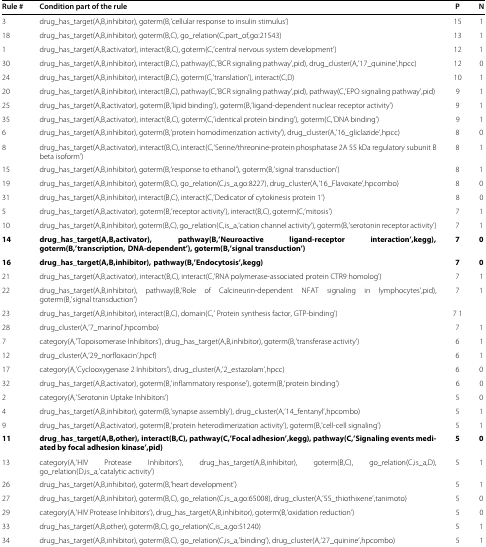
<table><thead><tr><td><b>Rule #</b></td><td><b>Condition part of the rule</b></td><td><b>P</b></td><td><b>N</b></td></tr></thead><tbody><tr><td>3</td><td>drug_has_target(A,B,inhibitor), goterm(B,’cellular response to insulin stimulus’)</td><td>15</td><td>1</td></tr><tr><td>18</td><td>drug_has_target(A,B,inhibitor), goterm(B,C), go_relation(C,part_of,go:21543)</td><td>13</td><td>1</td></tr><tr><td>1</td><td>drug_has_target(A,B,activator), interact(B,C), goterm(C,’central nervous system development’)</td><td>12</td><td>1</td></tr><tr><td>30</td><td>drug_has_target(A,B,inhibitor), interact(B,C), pathway(C,’BCR signaling pathway’,pid), drug_cluster(A,’17_quinine’,hpcc)</td><td>12</td><td>0</td></tr><tr><td>24</td><td>drug_has_target(A,B,inhibitor), interact(B,C), goterm(C,’translation’), interact(C,D)</td><td>10</td><td>1</td></tr><tr><td>20</td><td>drug_has_target(A,B,inhibitor), interact(B,C), pathway(C,’BCR signaling pathway’,pid), pathway(C,’EPO signaling pathway’,pid)</td><td>9</td><td>1</td></tr><tr><td>25</td><td>drug_has_target(A,B,activator), goterm(B,’lipid binding’), goterm(B,’ligand-dependent nuclear receptor activity’)</td><td>9</td><td>1</td></tr><tr><td>35</td><td>drug_has_target(A,B,activator), interact(B,C), goterm(C,’identical protein binding’), goterm(C,’DNA binding’)</td><td>9</td><td>1</td></tr><tr><td>6</td><td>drug_has_target(A,B,inhibitor), goterm(B,’protein homodimerization activity’), drug_cluster(A,’16_gliclazide’,hpcc)</td><td>8</td><td>0</td></tr><tr><td>8</td><td>drug_has_target(A,B,activator), interact(B,C), interact(C,’Serine/threonine-protein phosphatase 2A 55 kDa regulatory subunit B beta isoform’)</td><td>8</td><td>1</td></tr><tr><td>15</td><td>drug_has_target(A,B,inhibitor), goterm(B,’response to ethanol’), goterm(B,’signal transduction’)</td><td>8</td><td>1</td></tr><tr><td>19</td><td>drug_has_target(A,B,inhibitor), goterm(B,C), go_relation(C,is_a,go:8227), drug_cluster(A,’16_Flavoxate’,hpcombo)</td><td>8</td><td>0</td></tr><tr><td>31</td><td>drug_has_target(A,B,inhibitor), interact(B,C), interact(C,’Dedicator of cytokinesis protein 1’)</td><td>8</td><td>0</td></tr><tr><td>5</td><td>drug_has_target(A,B,activator), goterm(B,’receptor activity’), interact(B,C), goterm(C,’mitosis’)</td><td>7</td><td>1</td></tr><tr><td>10</td><td>drug_has_target(A,B,inhibitor), goterm(B,C), go_relation(C,is_a,’cation channel activity’), goterm(B,’serotonin receptor activity’)</td><td>7</td><td>1</td></tr><tr><td><b>14</b></td><td><b>drug_has_target(A,B,activator), pathway(B,’Neuroactive ligand-receptor interaction’,kegg), goterm(B,’transcription, DNA-dependent’), goterm(B,’signal transduction’)</b></td><td><b>7</b></td><td><b>0</b></td></tr><tr><td><b>16</b></td><td><b>drug_has_target(A,B,inhibitor), pathway(B,’Endocytosis’,kegg)</b></td><td><b>7</b></td><td><b>0</b></td></tr><tr><td>21</td><td>drug_has_target(A,B,activator), interact(B,C), interact(C,’RNA polymerase-associated protein CTR9 homolog’)</td><td>7</td><td>1</td></tr><tr><td>22</td><td>drug_has_target(A,B,inhibitor), pathway(B,’Role of Calcineurin-dependent NFAT signaling in lymphocytes’,pid), goterm(B,’signal transduction’)</td><td>7</td><td>1</td></tr><tr><td>23</td><td>drug_has_target(A,B,inhibitor), interact(B,C), domain(C,’ Protein synthesis factor, GTP-binding’)</td><td>7 1</td><td> </td></tr><tr><td>28</td><td>drug_cluster(A,’7_marinol’,hpcombo)</td><td>7</td><td>1</td></tr><tr><td>7</td><td>category(A,’Topoisomerase Inhibitors’), drug_has_target(A,B,inhibitor), goterm(B,’transferase activity’)</td><td>6</td><td>1</td></tr><tr><td>12</td><td>drug_cluster(A,’29_norfloxacin’,hpcf)</td><td>6</td><td>1</td></tr><tr><td>17</td><td>category(A,’Cyclooxygenase 2 Inhibitors’), drug_cluster(A,’2_estazolam’,hpcc)</td><td>6</td><td>0</td></tr><tr><td>32</td><td>drug_has_target(A,B,activator), goterm(B,’inflammatory response’), goterm(B,’protein binding’)</td><td>6</td><td>0</td></tr><tr><td>2</td><td>category(A,’Serotonin Uptake Inhibitors’)</td><td>5</td><td>0</td></tr><tr><td>4</td><td>drug_has_target(A,B,inhibitor), goterm(B,’synapse assembly’), drug_cluster(A,’14_fentanyl’,hpcombo)</td><td>5</td><td>1</td></tr><tr><td>9</td><td>drug_has_target(A,B,activator), goterm(B,’protein heterodimerization activity’), goterm(B,’cell-cell signaling’)</td><td>5</td><td>1</td></tr><tr><td><b>11</b></td><td><b>drug_has_target(A,B,other), interact(B,C), pathway(C,’Focal adhesion’,kegg), pathway(C,’Signaling events mediated by focal adhesion kinase’,pid)</b></td><td><b>5</b></td><td><b>0</b></td></tr><tr><td>13</td><td>category(A,’HIV Protease Inhibitors’), drug_has_target(A,B,inhibitor), goterm(B,C), go_relation(C,is_a,D), go_relation(D,is_a,’catalytic activity’)</td><td>5</td><td>1</td></tr><tr><td>26</td><td>drug_has_target(A,B,inhibitor), goterm(B,’heart development’)</td><td>5</td><td>1</td></tr><tr><td>27</td><td>drug_has_target(A,B,inhibitor), goterm(B,C), go_relation(C,is_a,go:65008), drug_cluster(A,’55_thiothixene’,tanimoto)</td><td>5</td><td>0</td></tr><tr><td>29</td><td>category(A,’HIV Protease Inhibitors’), drug_has_target(A,B,inhibitor), goterm(B,’oxidation reduction’)</td><td>5</td><td>0</td></tr><tr><td>33</td><td>drug_has_target(A,B,other), goterm(B,C), go_relation(C,is_a,go:51240)</td><td>5</td><td>1</td></tr><tr><td>34</td><td>drug_has_target(A,B,inhibitor), goterm(B,C), go_relation(C,is_a,’binding’), drug_cluster(A,’27_quinine’,hpcombo)</td><td>5</td><td>1</td></tr></tbody></table>